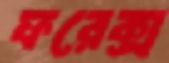
ফরেক্স